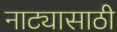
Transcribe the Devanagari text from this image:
नाट्यासाठी